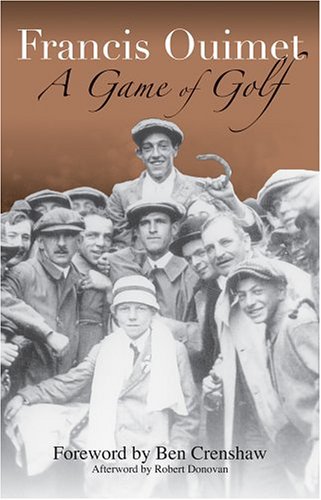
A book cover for A Game of Golf; Francis Ouimet; Biographies & Memoirs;